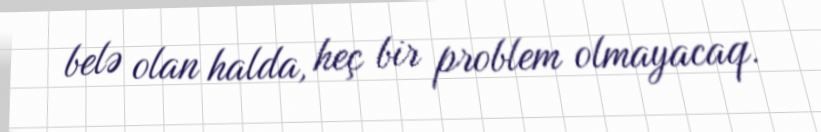
belə olan halda, heç bir problem olmayacaq.